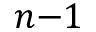
n { - } 1